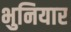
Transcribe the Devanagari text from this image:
भुनियार